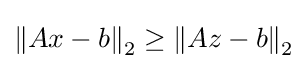
\left\|Ax-b\right\|_{2}\geq \left\|Az-b\right\|_{2}